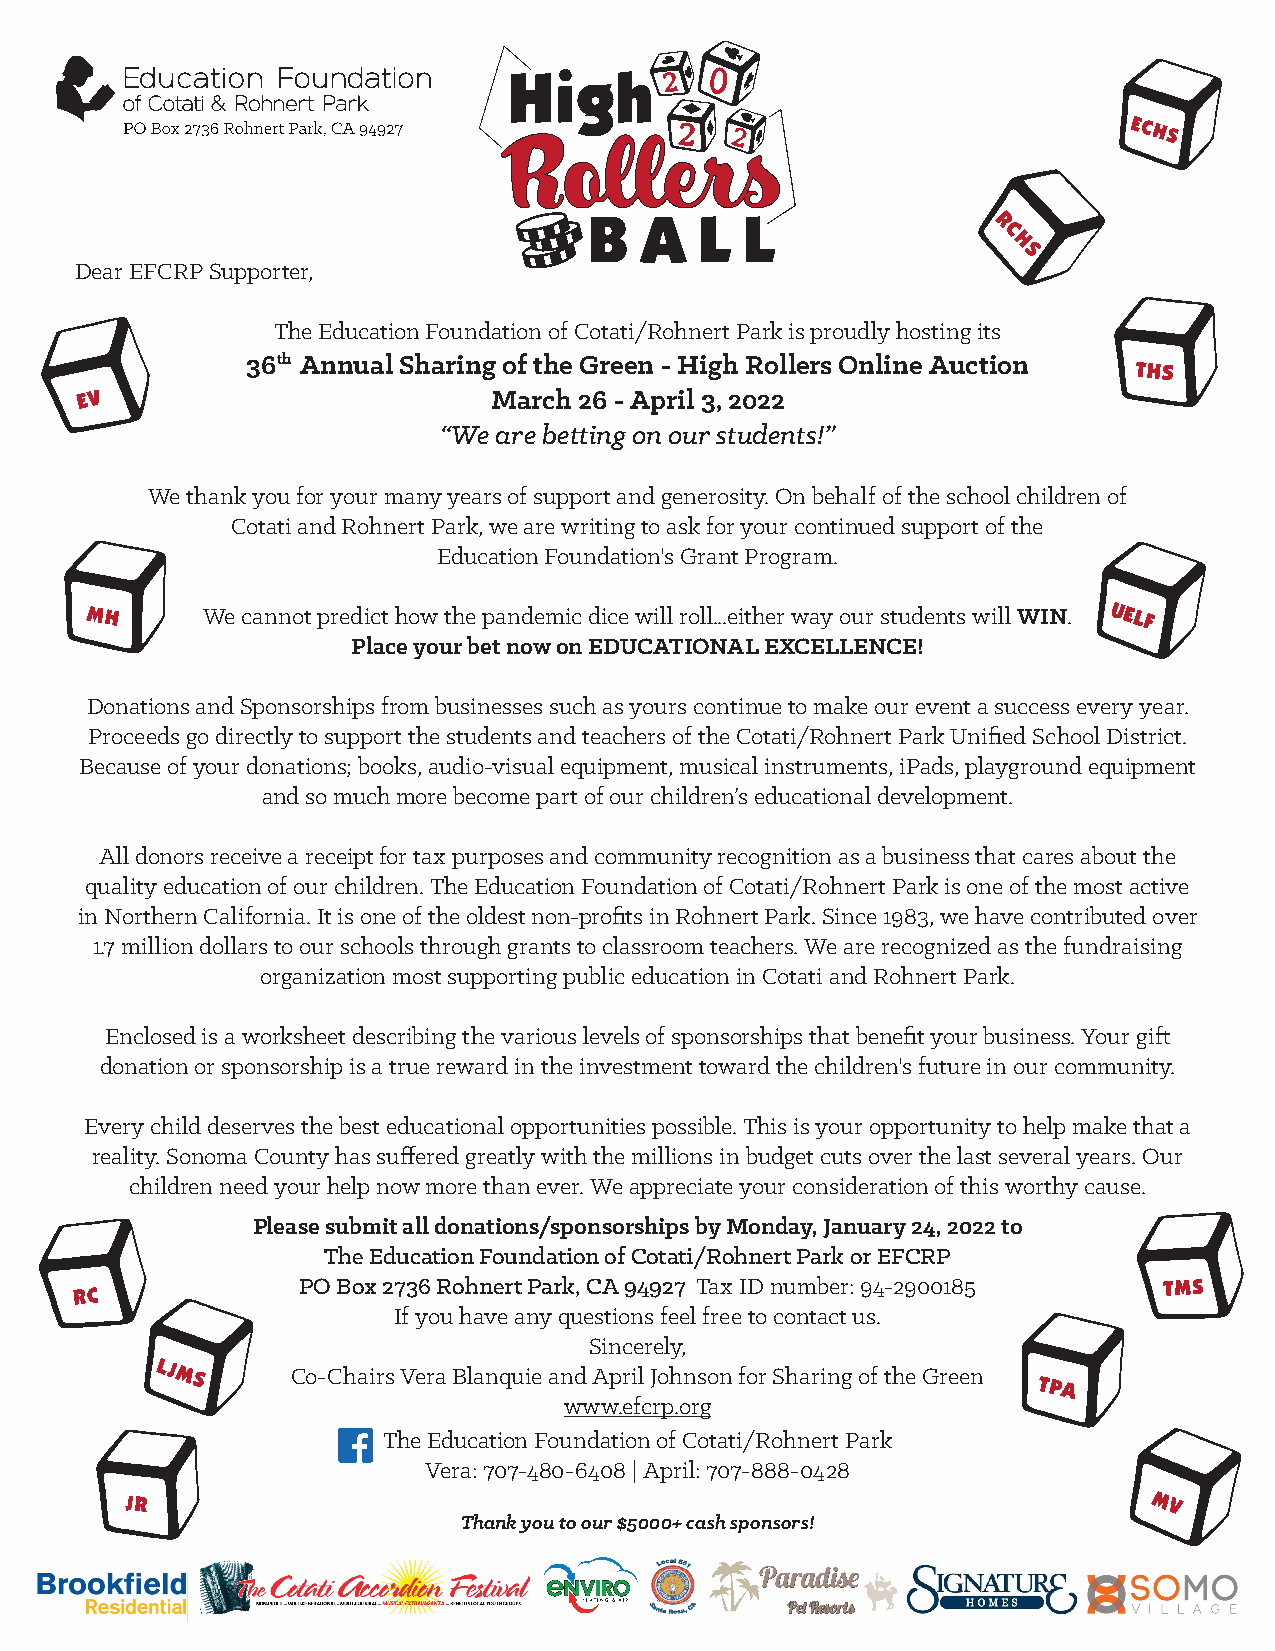
Dear EFCRP Supporter,
 The Education Foundation of Cotati/Rohnert Park is proudly hosting its
 36th Annual Sharing of the Green - High Rollers Online Auction
 March 26 - April 3, 2022
 “We are betting on our students!”
 We thank you for your many years of support and generosity. On behalf of the school children of
 Cotati and Rohnert Park, we are writing to ask for your continued support of the
 Education Foundation's Grant Program.
 We cannot predict how the pandemic dice will roll...either way our students will WIN.
 Place your bet now on EDUCATIONAL EXCELLENCE!
 Donations and Sponsorships from businesses such as yours continue to make our event a success every year.
 Proceeds go directly to support the students and teachers of the Cotati/Rohnert Park Unified School District.
 Because of your donations; books, audio-visual equipment, musical instruments, iPads, playground equipment
 and so much more become part of our children’s educational development.
 All donors receive a receipt for tax purposes and community recognition as a business that cares about the
 quality education of our children. The Education Foundation of Cotati/Rohnert Park is one of the most active
 in Northern California. It is one of the oldest non-profits in Rohnert Park. Since 1983, we have contributed over
 1.7 million dollars to our schools through grants to classroom teachers. We are recognized as the fundraising
 organization most supporting public education in Cotati and Rohnert Park.
 Enclosed is a worksheet describing the various levels of sponsorships that benefit your business. Your gift
 donation or sponsorship is a true reward in the investment toward the children's future in our community.
 Every child deserves the best educational opportunities possible. This is your opportunity to help make that a
 reality. Sonoma County has suffered greatly with the millions in budget cuts over the last several years. Our
 children need your help now more than ever. We appreciate your consideration of this worthy cause.
 Please submit all donations/sponsorships by Monday, January 24, 2022 to
 The Education Foundation of Cotati/Rohnert Park or EFCRP
 PO Box 2736 Rohnert Park, CA 94927 Tax ID number: 94-2900185
 If you have any questions feel free to contact us.
 Sincerely,
 Co-Chairs Vera Blanquie and April Johnson for Sharing of the Green
 www.efcrp.org
 The Education Foundation of Cotati/Rohnert Park
 Vera: 707-480-6408 | April: 707-888-0428
 Thank you to our $5000+ cash sponsors!